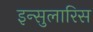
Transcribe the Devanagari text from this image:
इन्सुलारिस